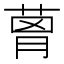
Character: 𦴗